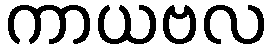
ကာယဗလ